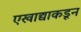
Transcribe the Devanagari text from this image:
एखाद्याकडून